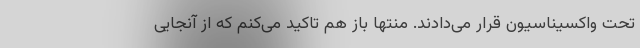
تحت واکسیناسیون قرار می‌دادند. منتها باز هم تاکید می‌کنم که از آنجایی